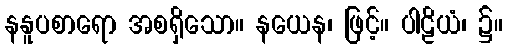
နနူပစာရော အစရှိသော။ နယေန၊ ဖြင့်။ ပါဠိယံ၊ ၌။